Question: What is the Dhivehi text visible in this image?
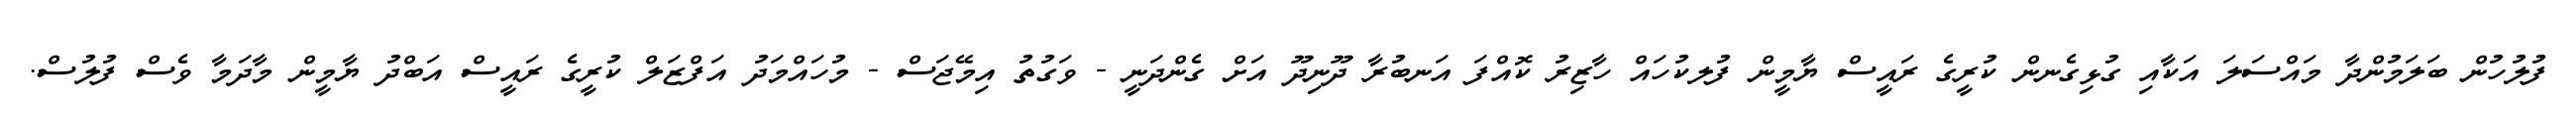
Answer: ފުލުހުން ބަލަމުންދާ މައްސަލަ އަކާއި ގުޅިގެނން ކުރީގެ ރައީސް ޔާމީން ފުލކުހައް ހާޒިރު ކޮއްފަ އަނބުރާ ދޫނިދޫ އަށް ގެންދަނީ - ވަގުތު އިމޭޖަސް - މުހައްމަދު އަފްޒަލް ކުރީގެ ރައީސް އަބްދު ޔާމީން މާދަމާ ވެސް ފުލުސް.